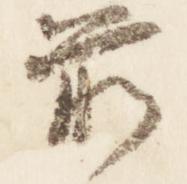
前